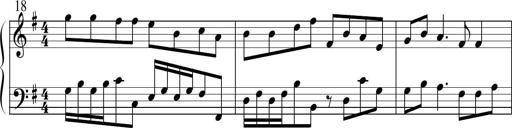
Title: Sonatine No.1 in E minor
Composer: Klaus Jung
Key: E minor